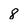
Character: 8